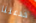
خدعتنا